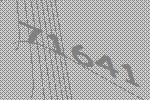
71641